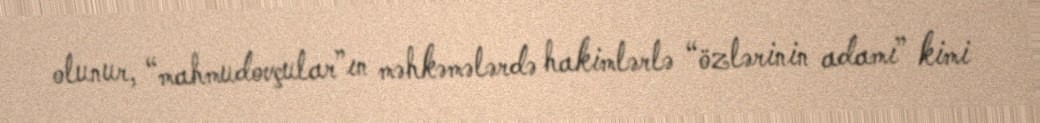
olunur, “mahmudovçular”ın məhkəmələrdə hakimlərlə “özlərinin adamı” kimi